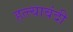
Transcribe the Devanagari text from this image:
हत्त्याबंदी